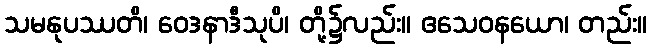
သမနုပဿတိ၊ ဝေဒနာဒီသုပိ၊ တို့၌လည်း။ ဧသေဝနယော၊ တည်း။